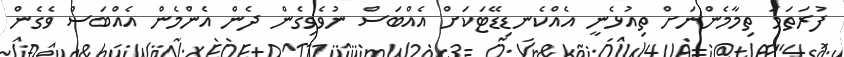
ފުރަތަމަ ތިމާމެންނަށް ތިއުޅެނީ އެއްކެނޑިޑޭޓަކަށް އެއްބަސް ނުވެވިގެން ދެން އެންމެން އެއްބަސް ވެގެން